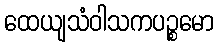
ထေယျသံဝါသကပဉ္စမော